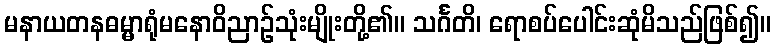
မနာယတနဓမ္မာရုံမနောဝိညာဉ်သုံးမျိုးတို့၏။ သင်္ဂတိ၊ ရောစပ်ပေါင်းဆုံမိသည်ဖြစ်၍။